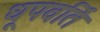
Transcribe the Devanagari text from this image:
धूपवर्ति